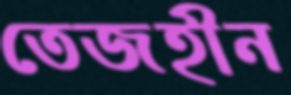
তেজহীন